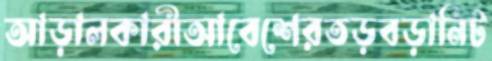
আড়ালকারীআবেশেরতড়বড়ানিট